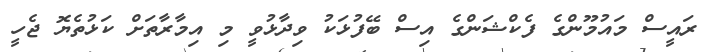
ރައީސް މައުމޫންގެ ފެކްޝަންގެ އިސް ބޭފުޅަކު ވިދާޅުވީ މި އިމާރާތަށް ކަޅުތެޔޮ ޖެހީ